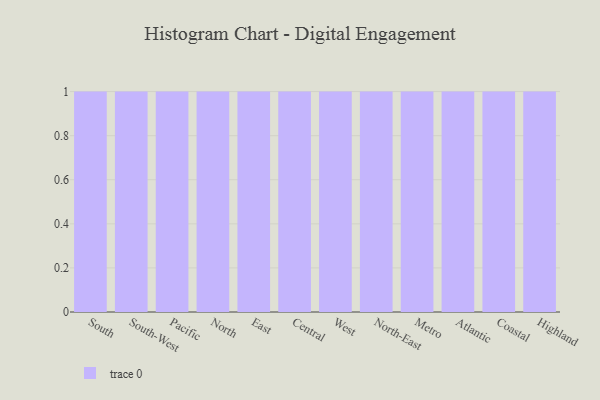
{"axis": {"x": "Region", "y": "Budget (USD K)"}, "legend": [""], "data": [{"x": "South", "y": 52, "type": ""}, {"x": "South-West", "y": 61, "type": ""}, {"x": "Pacific", "y": 91, "type": ""}, {"x": "North", "y": 99, "type": ""}, {"x": "East", "y": 3, "type": ""}, {"x": "Central", "y": 11, "type": ""}, {"x": "West", "y": 64, "type": ""}, {"x": "North-East", "y": 44, "type": ""}, {"x": "Metro", "y": 11, "type": ""}, {"x": "Atlantic", "y": 66, "type": ""}, {"x": "Coastal", "y": 77, "type": ""}, {"x": "Highland", "y": 65, "type": ""}]}